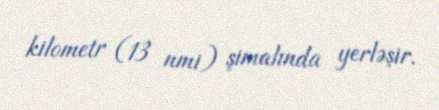
kilometr (13 nmi) şimalında yerləşir.